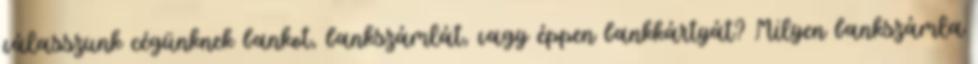
válasszunk cégünknek bankot, bankszámlát, vagy éppen bankkártyát? Milyen bankszámla